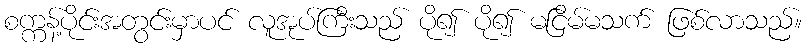
စက္ကန့်ပိုင်းအတွင်းမှာပင် လူအုပ်ကြီးသည် ပို၍ ပို၍ မငြိမ်မသက် ဖြစ်လာသည်။